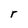
Character: r